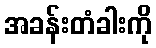
အခန်းတံခါးကို